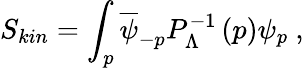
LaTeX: S_{kin}=\int_{p}\overline{{\psi}}_{-p}P_{\Lambda}^{-1}\left(p\right)\psi_{p}\ ,